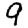
Digit: 9